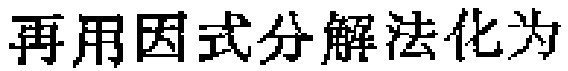
再用因式分解法化为